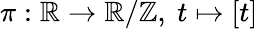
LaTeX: \pi:\mathbb{R}\to\mathbb{R}/\mathbb{Z},\ t\mapsto[t]